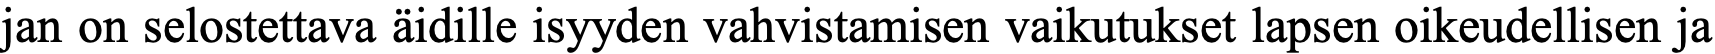
jan on selostettava äidille isyyden vahvistamisen vaikutukset lapsen oikeudellisen ja